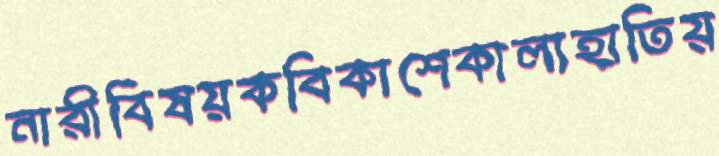
নারীবিষয়কবিকাশেকালাহাতিয়